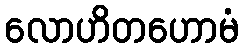
လောဟိတဟောမံ